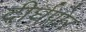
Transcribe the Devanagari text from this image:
दीर्घपोर